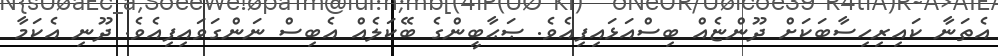
އެތަނާ ކައިރިހިސާބަކަށް ދޫންޏެއް ބިސްއަޅައިފިއެވެ. ޞަޙާބީންގެ ބޭކަލެއް އެބިސް ނަންގަވައިފިއެވެ. ދޫނި އެކަމާ